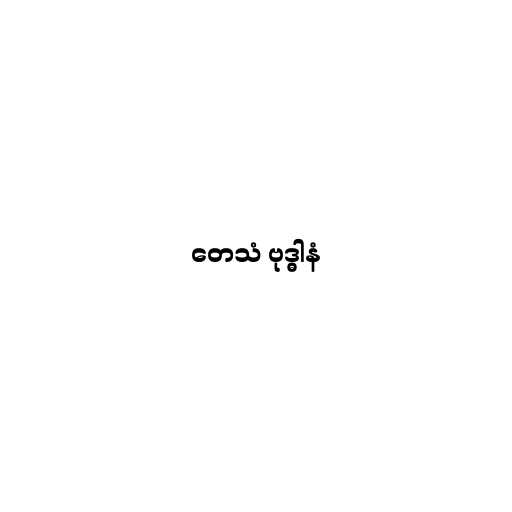
တေသံ ဗုဒ္ဓါနံ